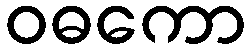
ဝဓကော